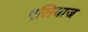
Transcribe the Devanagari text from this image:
एलियाज